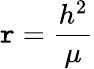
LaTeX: \mathtt{r}={\frac{{h^{2}}}{{\mu}}}